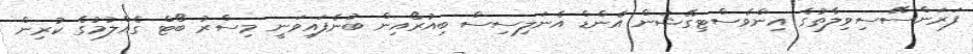
ފަރަންސޭސިވިލާތުގެ އިންވެސްޓިގޭޝަން އެންޑް އެނަލިސިސް ބިއުރޯއިން ބުނެފައިވަނީ މިސްރު ބޯޓް ގެއްލުމުގެ ކުރިން